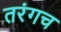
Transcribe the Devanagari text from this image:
तरंगच